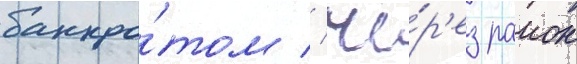
банкро́том // Че́р'ез раион